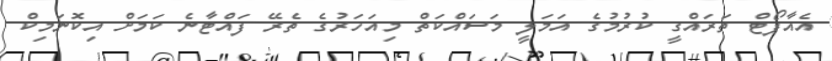
އެއާޕޯޓް ތަރައްގީ ކުރުމުގެ އަމަލީ މަސައްކަތް މިއަހަރުގެ ތެރޭ ފައްޓާނެ ކަމަށް އިކޮނަމިކް